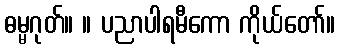
ဓမ္မဂုတ်။ ။ ပညာပါရမီကော ကိုယ်တော်။